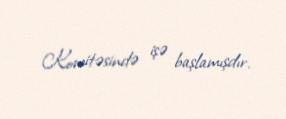
Komitəsində işə başlamışdır.